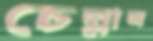
চেল্লান